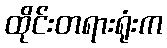
ထိုင်းတရားရုံးက